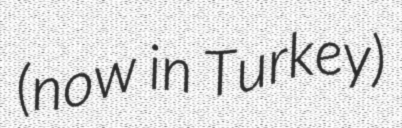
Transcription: (now in Turkey)